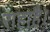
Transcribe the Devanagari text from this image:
राहाहै।